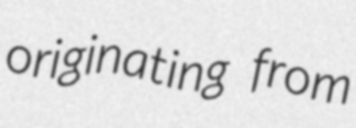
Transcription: originating from